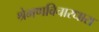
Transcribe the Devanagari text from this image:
श्रेमणविचारधारा